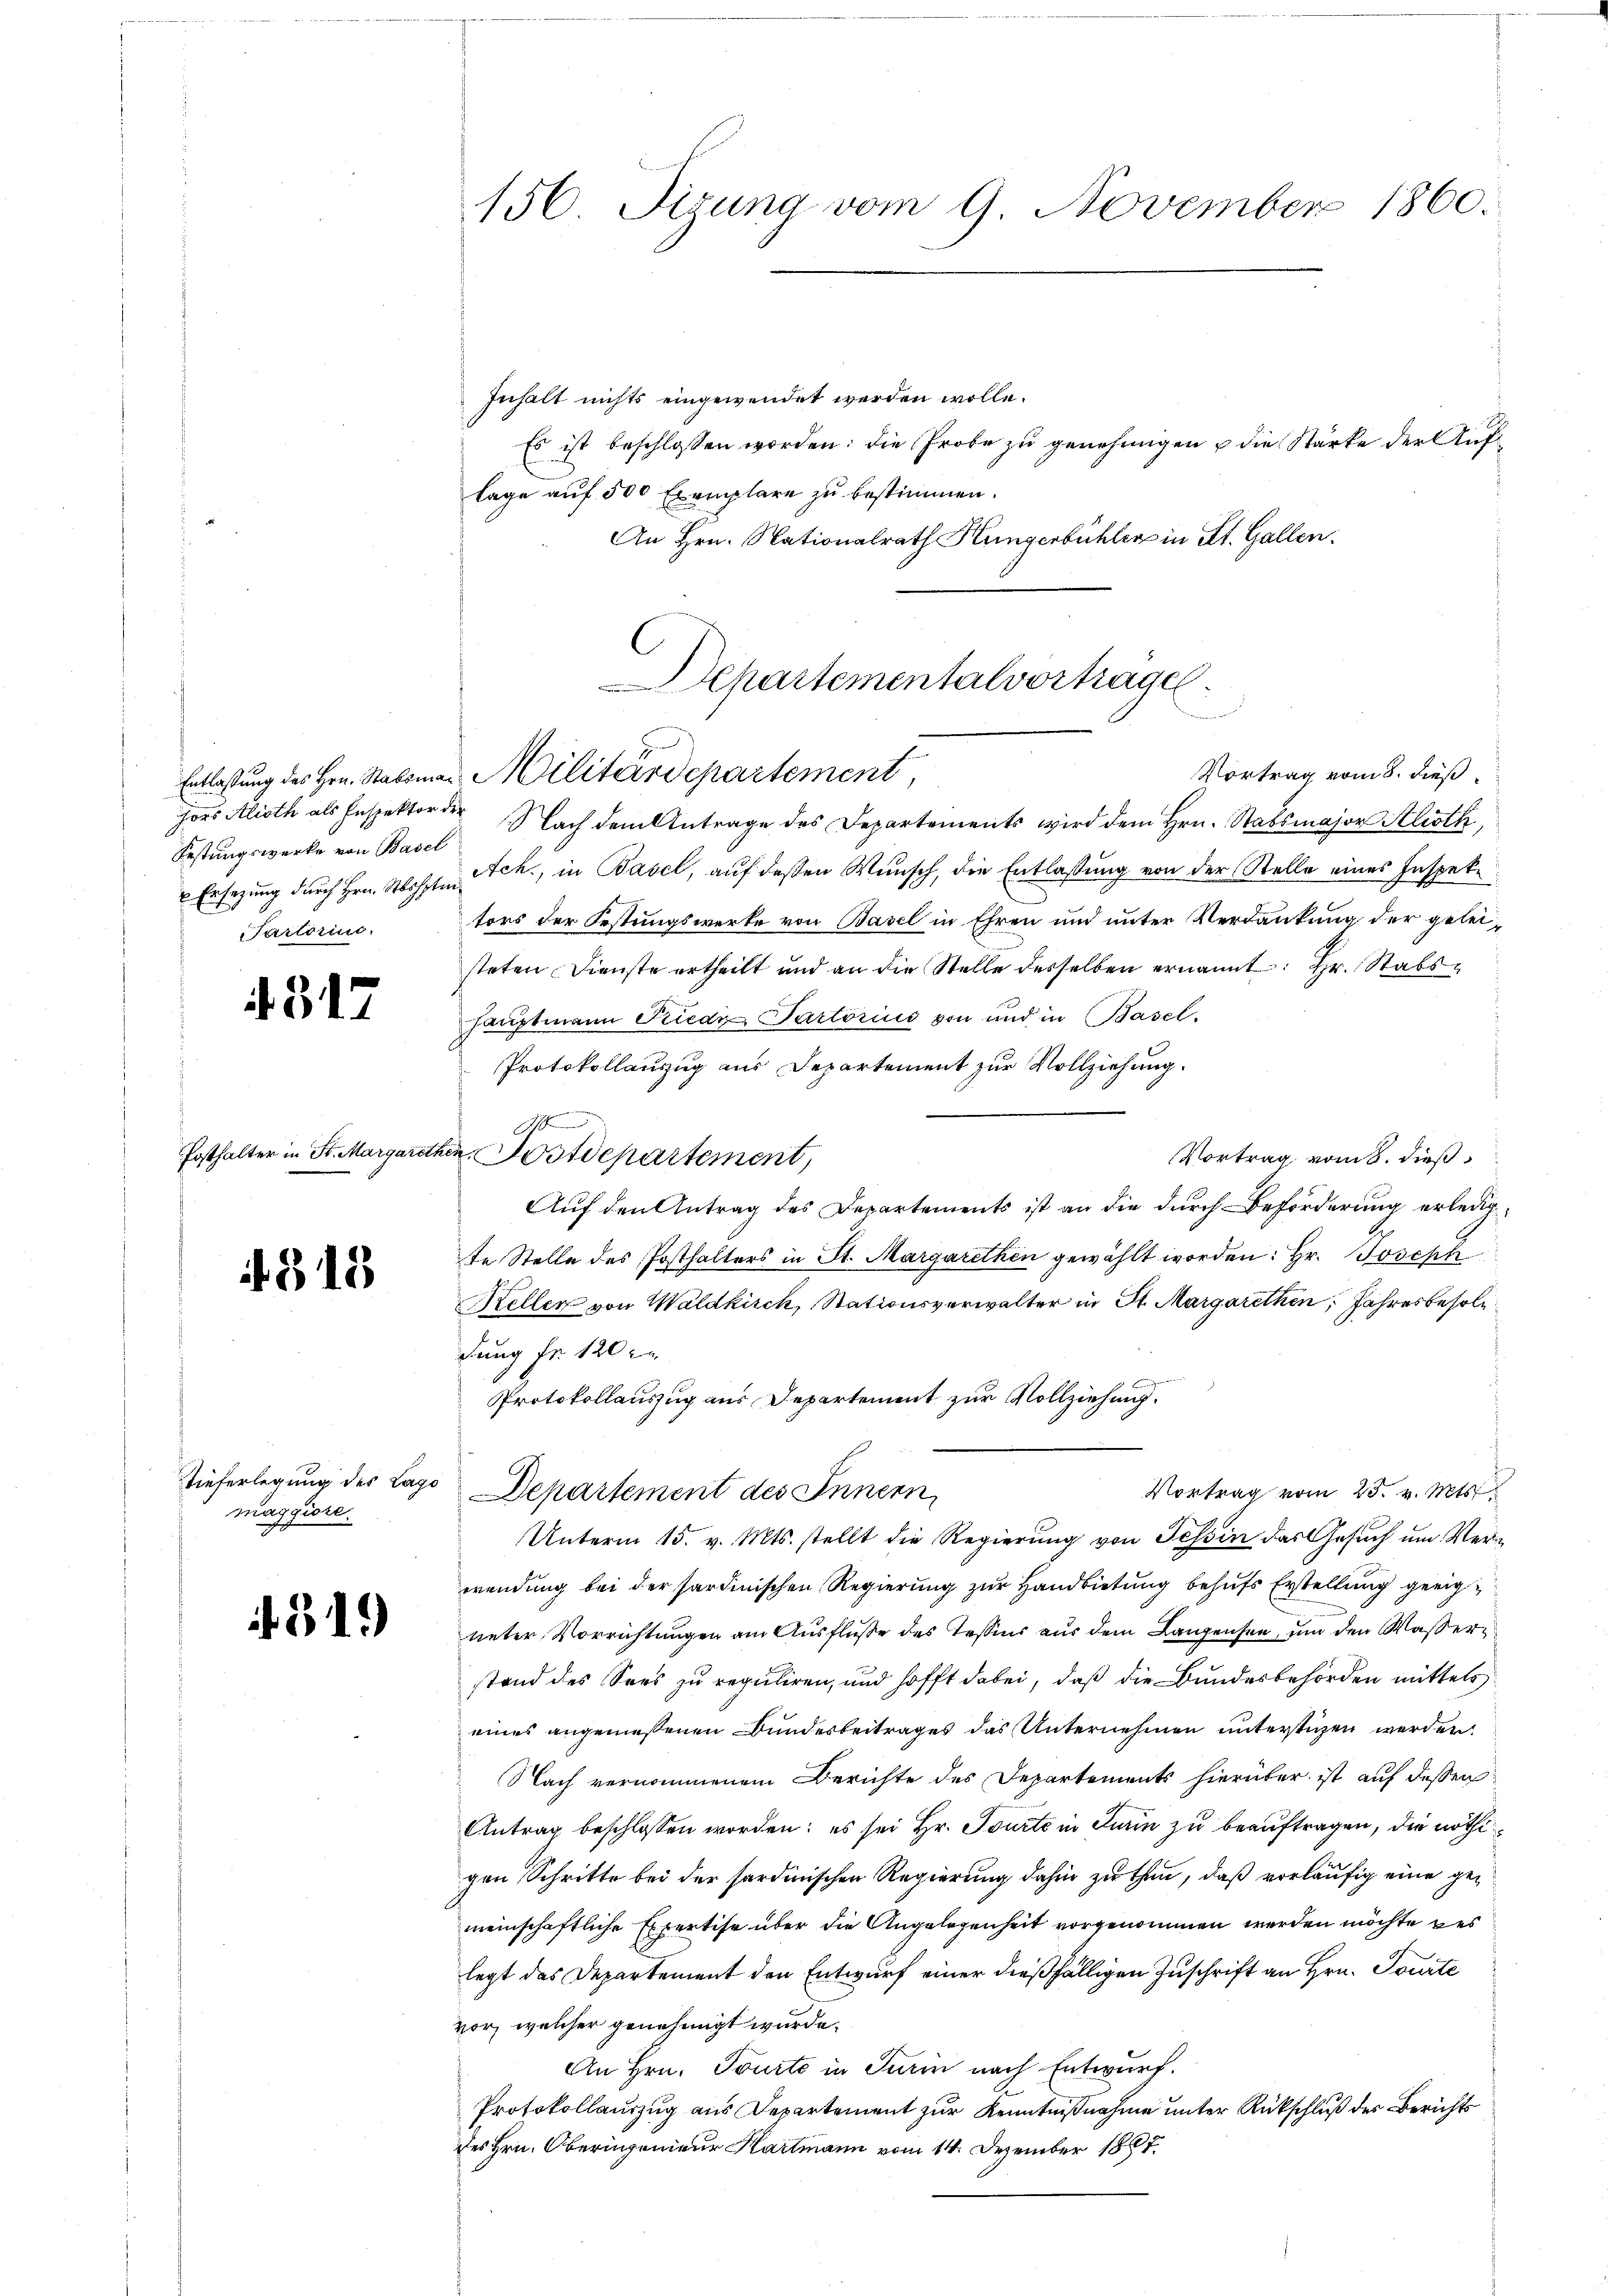
hors Alioth als Inspektor der
Festungswerke von Basel
Tartorius.

4317

313

maggiore.

319)

156. Sizung vom 9. November 1860.

Inhalt nichts eingewendet werden wolle.
Es ist beschlossen worden: die Probe zu genehmigen u die Stärke der Auflage auf 500 Exemplare zu bestimmen.
An Hrn. Nationalrath Küngerbühler in St. Gallen.

Aepartementalvortrage
un
Entlassung des Hrn. Statim Militärdepartement,

A
Posthalter in St. Margarethen Postdepartement,

Vortrag vom 8. dieß
Nach dem Antrage des Departements wird dem Hrn. Stabsmajor Alioth
 Ersezung durch Hrn. Mohr Sch., in Basel, auf deßen Wunsch, die Entlassung von der Stelle eines Inspektors der Festungswerke von Basel in Ehren und unter Verdankung der geleisteten Dienste ertheilt und an die Stelle desselben ernannt: Hr. Stabshauptmann Friedr Pactorius von und in Basel.
Protokollauszug aus Departement zur Vollziehung.
Vortrag vom 8. dieß
Auf den Antrag des Departements ist an die durch Beförderung erledigte Stelle des Posthalters in St. Margarethen gewählt worden: Hr. Joseph
Keller von Waldkirch, Stationsverwalter in St. Margarethen, Jahresbesol
dung Fr. 120 in
Protokollauszug aus Departement zur Vollziehung.
Tieferlegung des Lago Departement des Innern
Vortrag vom 25. v. Mts.
Unterm 15. v. Mts. stellt die Regierung von Tessin das Gesuch um Verwendung bei der sardinischen Regierung zur Handbietung behufs Erstellung geeig
ueter Vorrichtungen am Ausfluße des Tessins aus dem Langensee, und den Wasser
stand des Sees zu reguliren, und hofft dabei, daß die Bundesbehörden mittels
eines angemessenen Bundesbeitrages das Unternehmen unterstüzen werden.
Nach vernommenem Berichte des Departements hierüber ist auf dessen
Antrag beschlossen worden; es sei Hr. Tourte in Turin zu beauftragen, die nöthigen Schritte bei der sardinischen Regierung dahin zu thun, daß vorläufig eine gemeinschaftliche Expertise über die Angelegenheit vorgenommen werden möchte des
legt das Departement den Entwurf einer dießfälligen Zuschrift an Hrn. Tourte
vor, welcher genehmigt wurde.
An Hrn. Tourto in Turin nach Entwurf.
Protokollauszug aus Departement zur Kenntnißnahme unter Rückschluß des Berichts
des Hrn. Oberingenieur Hartmann vom 14. Dezember 1887.